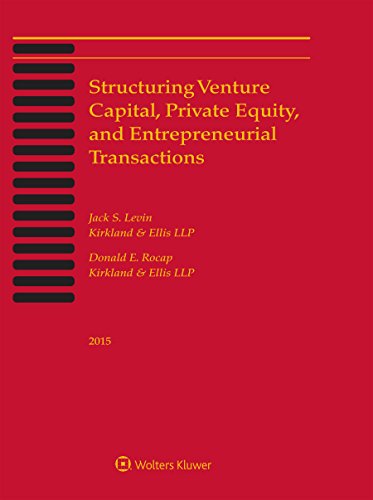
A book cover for Structuring Venture Capital, Private Equity and Entrepreneurial Transactions; Jack S. Levin; Law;